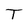
Character: T